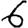
Digit: 6